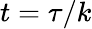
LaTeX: t=\tau/k